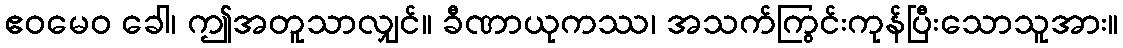
ဧဝမေဝ ခေါ၊ ဤအတူသာလျှင်။ ခီဏာယုကဿ၊ အသက်ကြွင်းကုန်ပြီးသောသူအား။